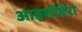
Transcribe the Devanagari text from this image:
आइसॉप्टेरा